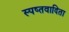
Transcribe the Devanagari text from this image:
स्पष्तवादिता